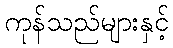
ကုန်သည်များနှင့်